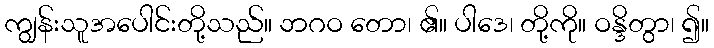
ကျွန်းသူအပေါင်းတို့သည်။ ဘဂဝ တော၊ ၏။ ပါဒေ၊ တို့ကို။ ဝန္ဒိတွာ၊ ၍။